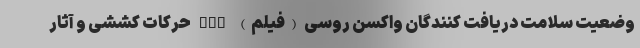
وضعیت سلامت دریافت کنندگان واکسن روسی (فیلم) nan حرکات کششی و آثار